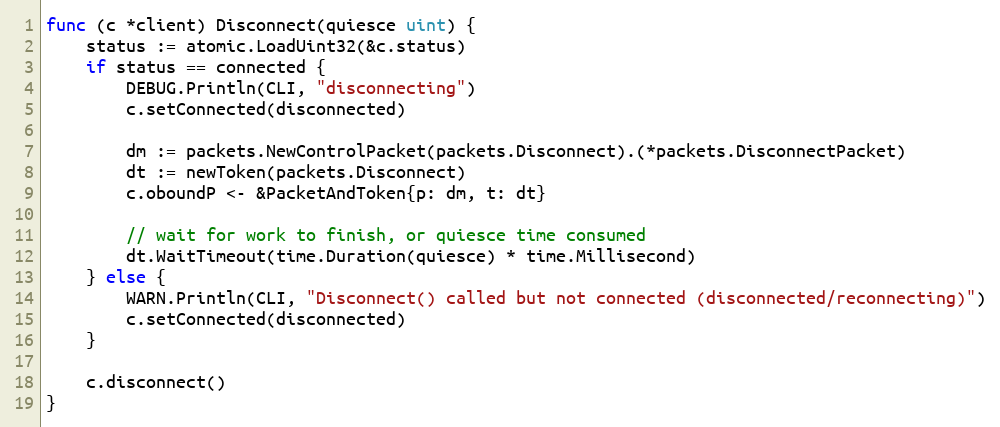
Language: Go
func (c *client) Disconnect(quiesce uint) {
	status := atomic.LoadUint32(&c.status)
	if status == connected {
		DEBUG.Println(CLI, "disconnecting")
		c.setConnected(disconnected)

		dm := packets.NewControlPacket(packets.Disconnect).(*packets.DisconnectPacket)
		dt := newToken(packets.Disconnect)
		c.oboundP <- &PacketAndToken{p: dm, t: dt}

		// wait for work to finish, or quiesce time consumed
		dt.WaitTimeout(time.Duration(quiesce) * time.Millisecond)
	} else {
		WARN.Println(CLI, "Disconnect() called but not connected (disconnected/reconnecting)")
		c.setConnected(disconnected)
	}

	c.disconnect()
}